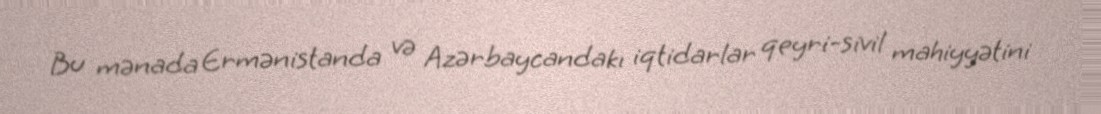
Bu mənada Ermənistanda və Azərbaycandakı iqtidarlar qeyri-sivil mahiyyətini